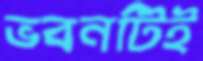
ভবনটিই